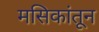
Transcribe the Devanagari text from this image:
मसिकांतून